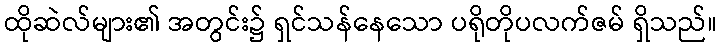
ထိုဆဲလ်များ၏ အတွင်း၌ ရှင်သန်နေသော ပရိုတိုပလက်ဇမ် ရှိသည်။